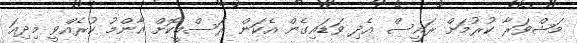
މަޝްވަރާ ކުރުމަށް ރައީސް އެދި ވަޑައިގެން އެކަން ރަސްމީކޮށް އާންމު ކުރެއްވީ މިދިއަ